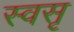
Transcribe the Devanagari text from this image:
स्वसृ